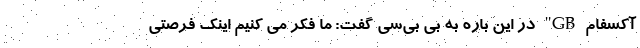
آکسفام GB" در این باره به بی بی‌سی گفت: ما فکر می کنیم اینک فرصتی